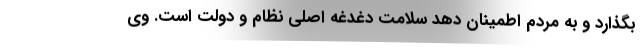
بگذارد و به مردم اطمینان دهد سلامت دغدغه اصلی نظام و دولت است. وی